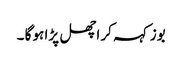
بوز کہہ کر اچھل پڑا ہو گا ۔